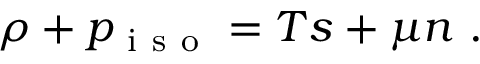
\rho + p _ { \mathrm { ~ i ~ s ~ o ~ } } = T s + \mu n ~ .